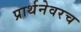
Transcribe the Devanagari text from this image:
प्रार्थनेवरच